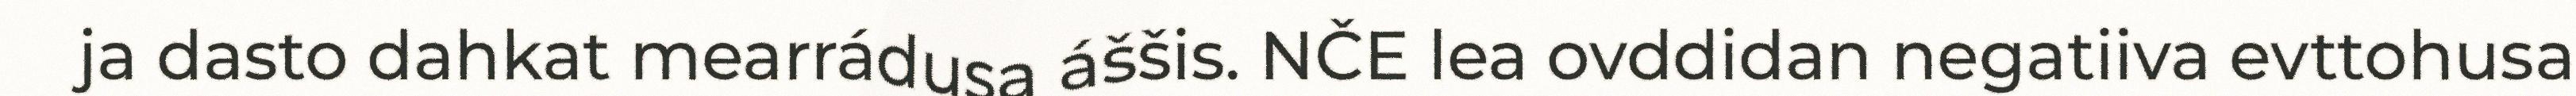
ja dasto dahkat mearrádusa áššis. NČE lea ovddidan negatiiva evttohusa